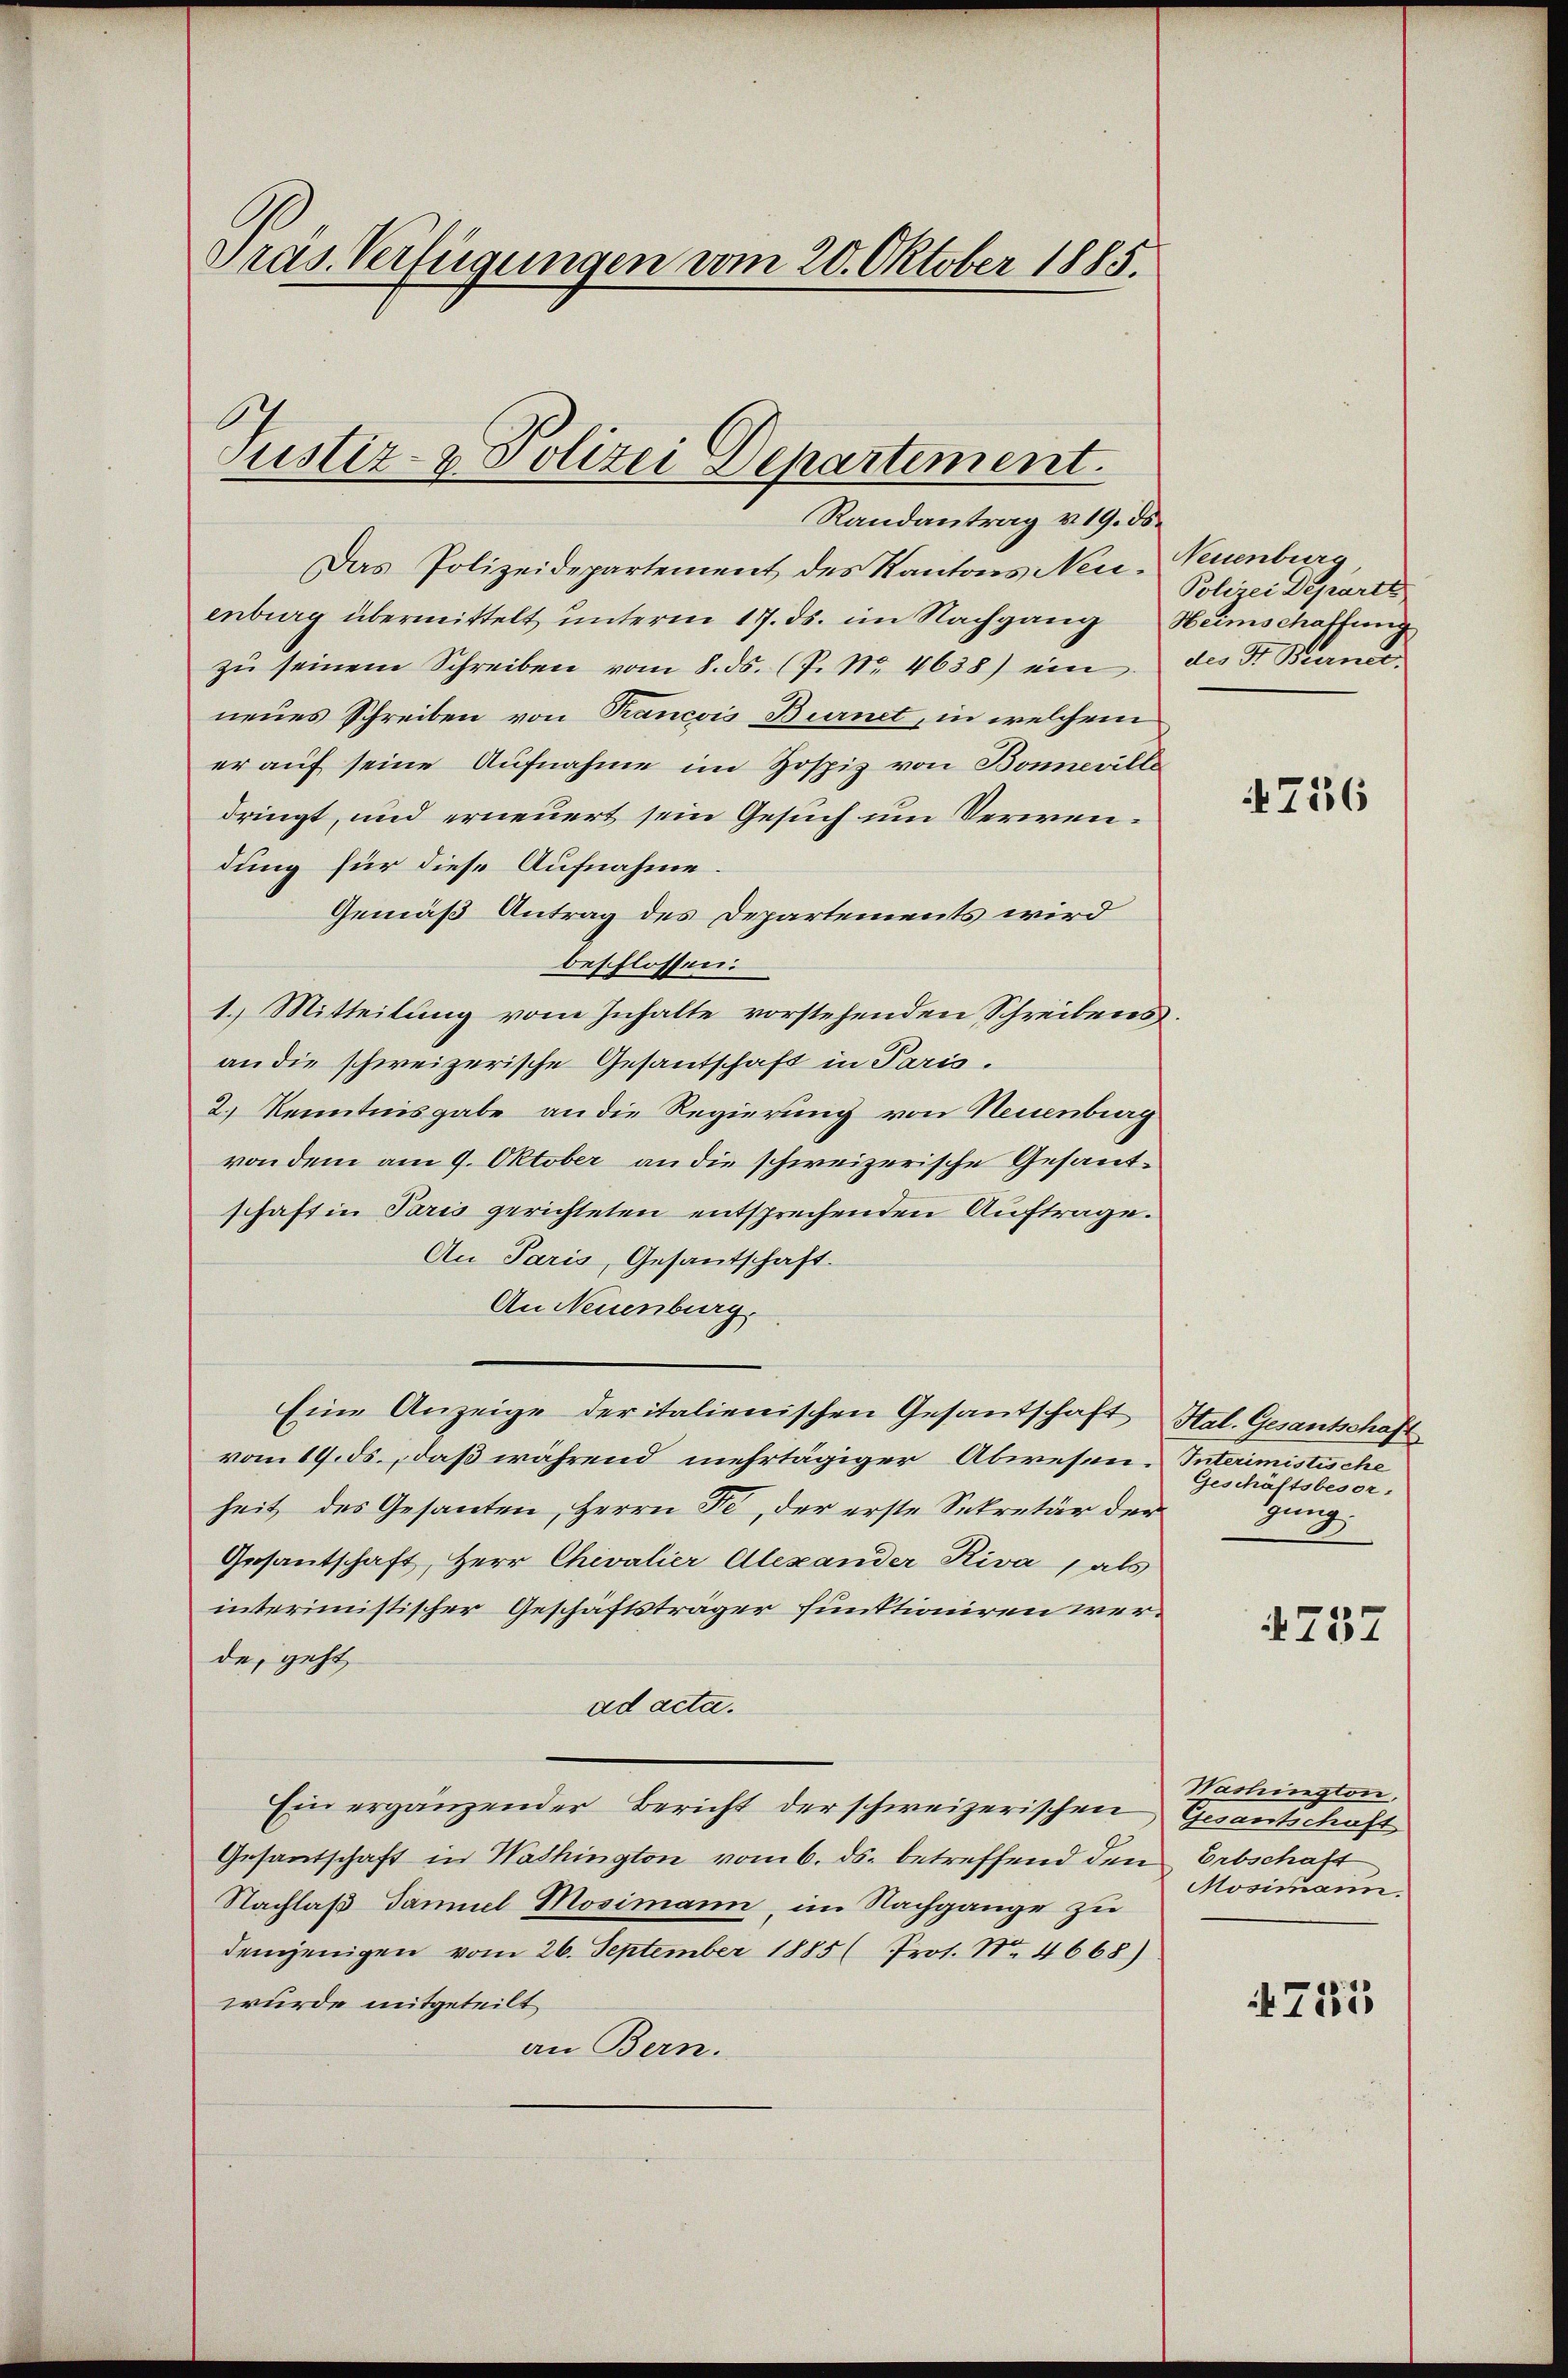
Präs. Verfügungen vom 20. Oktober 1885.

Justiz- & Polizei Departement.

Randantrag v. 19. ds.
Das Polizeidepartement des Kantons Neue-Neuenburg
enburg übermittelt, unterm 17. ds. im Nachgang Heimschaffung
zŭ seinem Schreiben vom 8. ds. (P. Nr. 4638) ein des Dr. Biance
neues Schreiben von Rancois Burnet, in welchem
er auf seine Aufnahme im Zospiz von Bonneville
dringt, und erneuert sein Gesuch um Verwendung für diese Aufnahme.
Gemäß Antrag des Departements wird
beschlossen:
1.) Mitteilung vom Inhalte vorstehenden Schreibens.
an die schweizerische Gesantschaft in Paris.
2.) Kenntnisgabe an die Regierung von Neuenburg
von dem am 9. Oktober an die schweizerische Gesandschaft in Paris gerichteten entsprechenden Auftrage.
An Paris, Gesantschaft.
An Neuenburg,
Eine Anzeige deritalienischen Gesandschaft Stal. Gesantschaft
vom 19. ds., daß während mehrtägiger Abwesen. Interimistische
heit des Gesanten, Herrn Fr, der erste Sekretär der
Gesantschaft, Herr Chevalier Alexander Riva, als
interimistischer Geschäftsträger funktioniren werde, geht,
ad acta.
Ein ergänzender Bericht der schweizerischen Gesantschaft
Gesandschaft in Washington vom 6. ds. betreffend den
Nachlaß Daniel Mosimann, im Nachgange zu
demjenigen vom 26. September 1885 (Prot. No. 4668).
wurde mitgeteilt
an Bern.

Polizei Departe

756

Geschäftsbesor
Zung

4787

Washington,
Erbschaft
Mosimann.

715